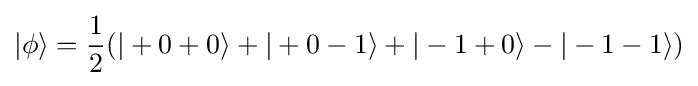
|\phi \rangle ={\frac {1}{2}}(|+0+0\rangle +|+0-1\rangle +|-1+0\rangle -|-1-1\rangle )